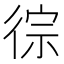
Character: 徖